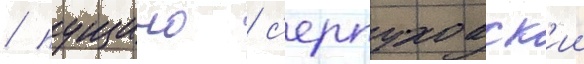
/ пущино / с'ерпуховск'ии